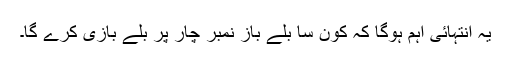
یہ انتہائی اہم ہوگا کہ کون سا بلے باز نمبر چار پر بلے بازی کرے گا۔